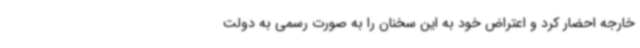
خارجه احضار کرد و اعتراض خود به این سخنان را به صورت رسمی به دولت